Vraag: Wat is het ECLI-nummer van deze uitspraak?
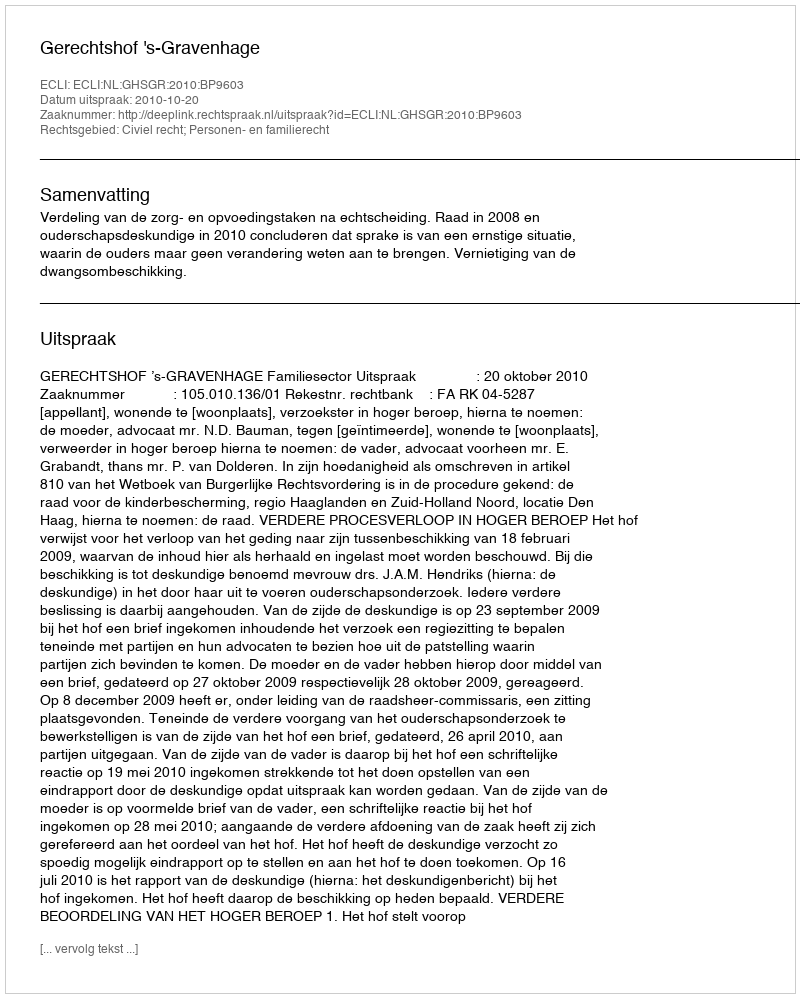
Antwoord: ECLI:NL:GHSGR:2010:BP9603